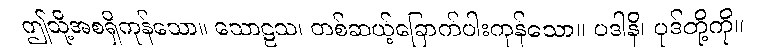
ဤသို့အစရှိကုန်သော။ သောဠသ၊ တစ်ဆယ့်ခြောက်ပါးကုန်သော။ ပဒါနိ၊ ပုဒ်တို့ကို။